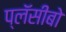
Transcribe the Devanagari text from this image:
प्लॅसीबो